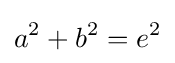
a^{2}+b^{2}=e^{2}